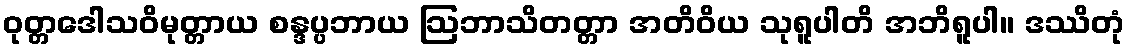
ဝုတ္တဒေါသဝိမုတ္တာယ စန္ဒပ္ပဘာယ ဩဘာသိတတ္တာ အတိဝိယ သုရူပါတိ အဘိရူပါ။ ဒဿိတုံ